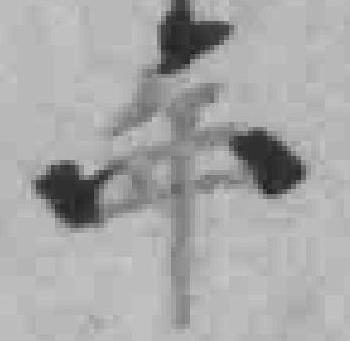
年